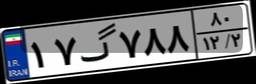
۱۰گ۷۰۳۷۲